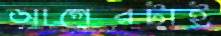
আগেরটাই